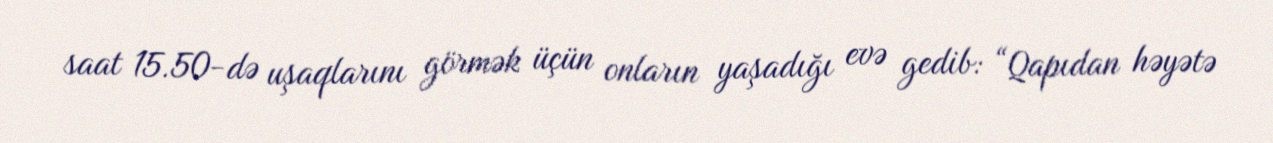
saat 15.50-də uşaqlarını görmək üçün onların yaşadığı evə gedib: “Qapıdan həyətə